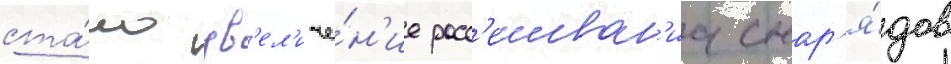
ста́ло ув'ел'иче́н'ие расс'еиван'иа снар'я́дов